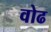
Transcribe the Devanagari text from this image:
वोढ